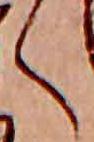
く